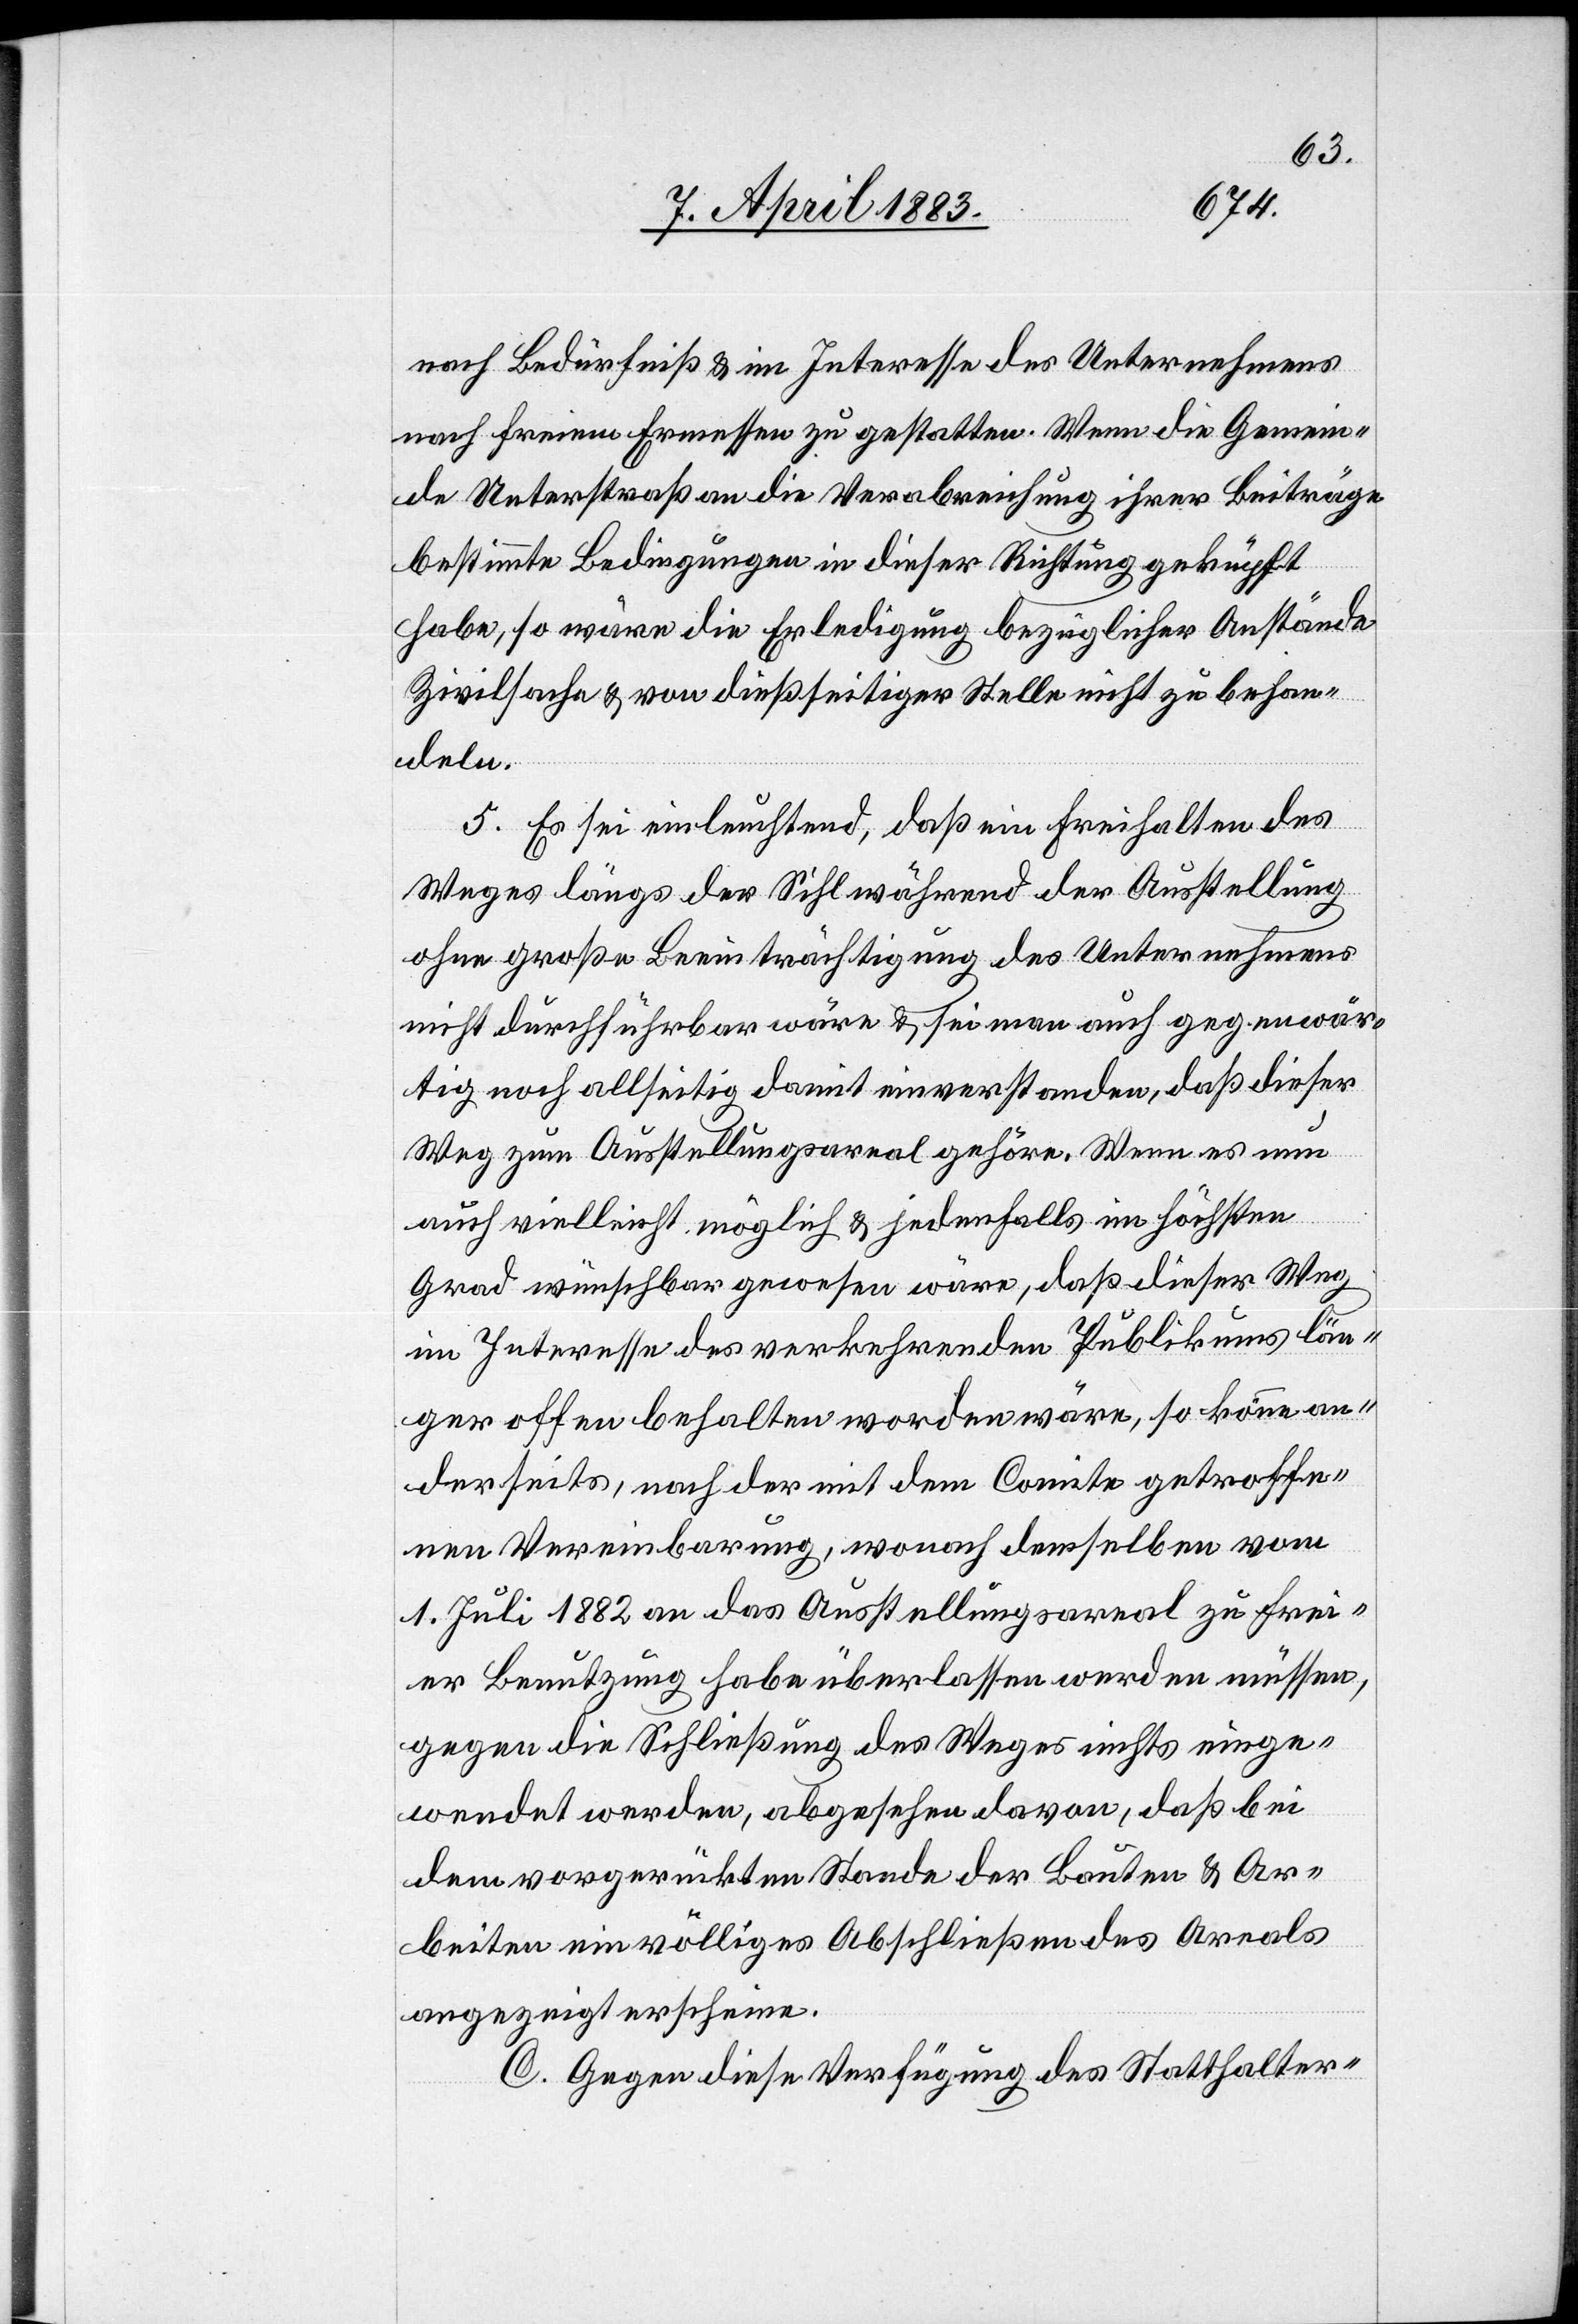
nach Bedürfniß & im Interesse des Unternehmers
nach freiem Ermessen zu gestatten. Wenn die Gemein¬
de Unterstraß an die Verabreichung ihrer Beiträge
bestimmte Bedingungen in dieser Richtung gek[n]üpft
habe, so wäre die Erledigung bezüglicher Anstände
Zivilsache & von dießseitiger Stelle nicht zu behan¬
deln.
5. Es sei einleuchtend, daß ein Freihalten des
Weges längs der Sihl während der Ausstellung
ohne große Beeinträchtigung des Unternehmens
nicht durchführbar wäre & sei man auch gegenwär¬
tig noch allseitig damit einverstanden, daß dieser
Weg zum Ausstellungsareal gehöre. Wenn es nun
auch vielleicht möglich & jedenfalls im höchsten
Grad wünschbar gewesen wäre, daß dieser Weg
im Interesse des verkehrenden Publikums län¬
ger offen behalten worden wäre, so könne an¬
derseits, nach der mit dem Comite getroffe¬
nen Vereinbarung, wonach denselben vom
1. Juli 1882 an das Ausstellungsareal zu frei¬
er Benutzung habe überlassen werden müssen,
gegen die Schließung des Weges nichts einge¬
wendet werden, abgesehen davon, daß bei
dem vorgerückten Stande der Bauten & Ar¬
beiten ein völliges Abschließen des Areals
angezeigt erscheine.
C. Gegen diese Verfügung des Statthalter-